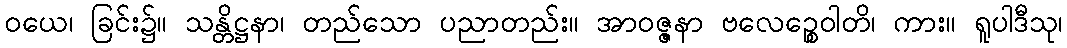
ဝယေ၊ ခြင်း၌။ သန္တိဋ္ဌနာ၊ တည်သော ပညာတည်း။ အာဝဇ္ဇနာ ဗလေဉ္စေဝါတိ၊ ကား။ ရူပါဒီသု၊